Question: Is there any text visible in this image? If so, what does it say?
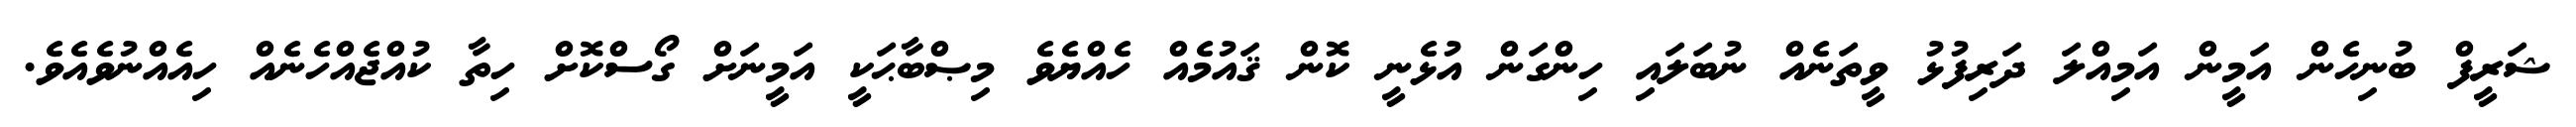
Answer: ޝަރީފް ބުނިހެން އަމީން އަމިއްލަ ދަރިފުޅު ވީތަނެއް ނުބަލައި ހިންގަން އުޅެނީ ކޮން ޤައުމެއް ހެއްޔެވެ މިޞްބާޙަކީ އަމީނަށް ގޯސްކޮށް ހިތާ ކުއްޖެއްހެނެއް ހިއެއްނުވެއެވެ.